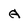
Character: A